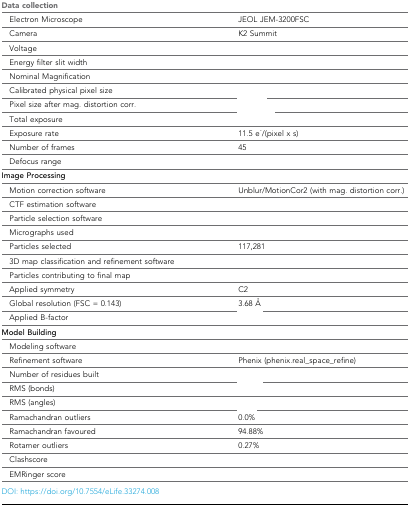
<table><thead><tr><td><b>Data collection</b></td><td>[EMPTY_CELL]</td></tr></thead><tbody><tr><td> Electron Microscope</td><td>JEOL JEM-3200FSC</td></tr><tr><td> Camera</td><td>K2 Summit</td></tr><tr><td> Voltage</td><td>[EMPTY_CELL]</td></tr><tr><td> Energy filter slit width</td><td>[EMPTY_CELL]</td></tr><tr><td> Nominal Magnification</td><td>[EMPTY_CELL]</td></tr><tr><td> Calibrated physical pixel size</td><td>[EMPTY_CELL]</td></tr><tr><td> Pixel size after mag. distortion corr.</td><td>[EMPTY_CELL]</td></tr><tr><td> Total exposure</td><td>[EMPTY_CELL]</td></tr><tr><td> Exposure rate</td><td>11.5 e<sup>-</sup>/(pixel x s)</td></tr><tr><td> Number of frames</td><td>45</td></tr><tr><td> Defocus range</td><td>[EMPTY_CELL]</td></tr><tr><td><b>Image Processing</b></td><td>[EMPTY_CELL]</td></tr><tr><td> Motion correction software</td><td>Unblur/MotionCor2 (with mag. distortion corr.)</td></tr><tr><td> CTF estimation software</td><td>[EMPTY_CELL]</td></tr><tr><td> Particle selection software</td><td>[EMPTY_CELL]</td></tr><tr><td> Micrographs used</td><td>[EMPTY_CELL]</td></tr><tr><td> Particles selected</td><td>117,281</td></tr><tr><td> 3D map classification and refinement software</td><td>[EMPTY_CELL]</td></tr><tr><td> Particles contributing to final map</td><td>[EMPTY_CELL]</td></tr><tr><td> Applied symmetry</td><td>C2</td></tr><tr><td> Global resolution (FSC = 0.143)</td><td>3.68 Å</td></tr><tr><td> Applied B-factor</td><td>[EMPTY_CELL]</td></tr><tr><td><b>Model Building</b></td><td>[EMPTY_CELL]</td></tr><tr><td> Modeling software</td><td>[EMPTY_CELL]</td></tr><tr><td> Refinement software</td><td>Phenix (phenix.real_space_refine)</td></tr><tr><td> Number of residues built</td><td>[EMPTY_CELL]</td></tr><tr><td> RMS (bonds)</td><td>[EMPTY_CELL]</td></tr><tr><td> RMS (angles)</td><td>[EMPTY_CELL]</td></tr><tr><td> Ramachandran outliers</td><td>0.0%</td></tr><tr><td> Ramachandran favoured</td><td>94.88%</td></tr><tr><td> Rotamer outliers</td><td>0.27%</td></tr><tr><td> Clashscore</td><td>[EMPTY_CELL]</td></tr><tr><td> EMRinger score</td><td>[EMPTY_CELL]</td></tr></tbody></table>